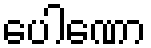
ပေါဏော